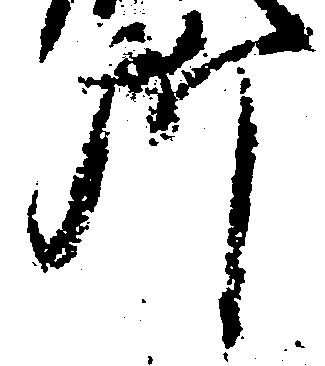
所